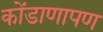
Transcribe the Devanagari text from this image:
कोंडाणापण